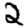
Digit: 2